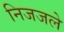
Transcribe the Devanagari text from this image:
निजजले